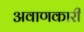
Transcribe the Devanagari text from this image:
अवाणकारी